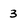
Character: 3